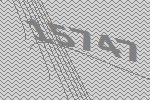
15747